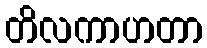
တိလကာဟတာ